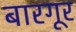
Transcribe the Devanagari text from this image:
बारगूर